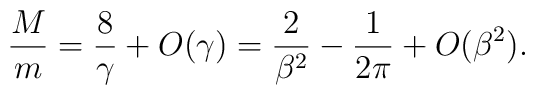
{M\over m} = {8\over\gamma} + O(\gamma) = {2\over\beta^2}	- {1\over2\pi} + O(\beta^2).